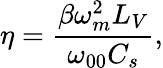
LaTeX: \eta=\frac{\beta\omega_{m}^{2}L_{V}}{\omega_{00}C_{s}},